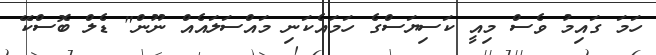
ހަމަ ގައިމު ވެސް މިއީ ކަސިޔަސްގެ ހަމައެކަނި މައްސަލައެއް ނޫން" ޑެލް ބޮސްކޭ